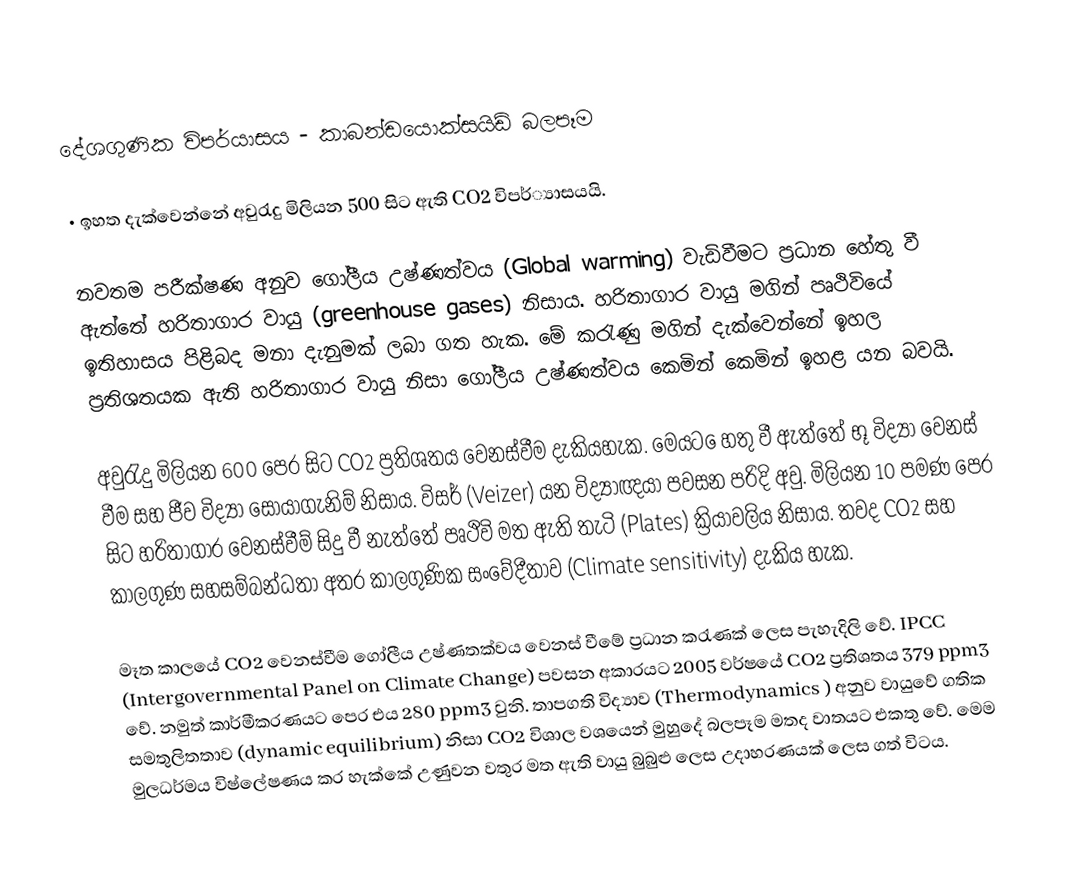
දේශගුණික විපර්යාසය - කාබන්ඩයොක්සයිඩ් බලපෑම

•	ඉහත දැක්වෙන්නේ අවුරැදු මිලියන 500 සිට ඇති CO2 විපර්්‍යාසයයි.

නවතම පරීක්ෂණ අනුව ගෝලීය ‍උෂ්ණත්වය (Global warming) වැඩිවීමට ප්‍රධාන හේතු වී ඇත්තේ හරිතාගාර වායු  (greenhouse gases) නිසාය. හරිතාගාර වායු මගින් පෘථිවියේ ඉතිහාසය පිළිබද මනා දැනුමක් ලබා ගත හැක. මේ කරැණු මගින් දැක්වෙන්නේ ඉහල ප්‍රතිශතයක ඇති හරිතාගාර වායු නිසා ගෝලීය උෂ්ණත්වය කෙමින් කෙමින් ඉහළ යන බවයි.

අවුරැදු මිලියන 600 පෙර සිට  CO2  ප්‍රතිශතය වෙනස්වීම දැකියහැක. මෙයට ‍ෙහතු වී ඇත්තේ භූ විද්‍යා වෙනස් වීම සහ ජීව විද්‍යා සොයාගැනිම් නිසාය. විසර් (Veizer) යන විද්‍යාඥයා පවසන පරිදි අවු. මිලියන 10 පමණ පෙර සිට හරිතාගාර වෙනස්වීම් සිදු වී නැත්තේ පෘථිවි මත ඇති තැටි (Plates) ක්‍රියාවලිය නිසාය. තවද CO2  සහ කාලගුණ සහසම්බන්ධතා අතර කාලගුණික සංවේදීතාව (Climate sensitivity) දැකිය හැක.

මෑත කාලයේ CO2  වෙනස්වීම ගෝලීය උෂ්ණතක්වය වෙනස් වීමේ ප්‍රධාන කරැණක් ලෙස පැහැදිලි වේ. IPCC (Intergovernmental Panel on Climate Change) පවසන අකාරයට 2005 වර්ෂයේ  CO2  ප්‍රතිශතය 379 ppm3 වේ. නමුත් කාර්මීකරණයට පෙර එය  280 ppm3  වුනි. තාපගති විද්‍යාව (Thermodynamics ) අනුව වායුවේ ගතික සමතුලිතතාව  (dynamic equilibrium) නිසා CO2 විශාල වශයෙන් මුහුදේ බලපෑම මතද වාතයට එකතු වේ. මෙම මුලධර්මය විෂ්ලේෂණය කර හැක්කේ උණුවන වතුර මත ඇති වායු බුබුළු ලෙස උදාහරණයක් ලෙස ගත් විටය.